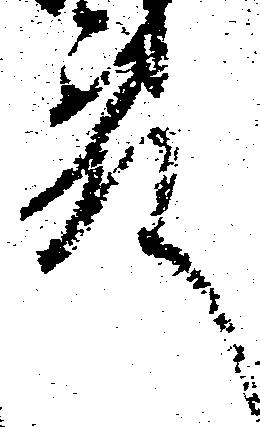
殿